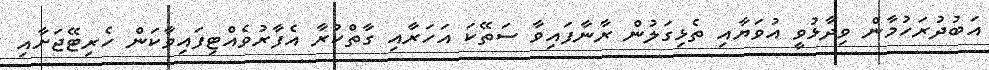
އަބުދުރަހުމާން ވިދާޅުވީ އުވަޔާއި ތެޅިގަލުން ރާނާފައިވާ ސަތޭކަ އަހަރާއި ގާތްކުރާ އެފާރުވެއްޓިފައިވާކަން ހެރިޓޭޖަށާއި